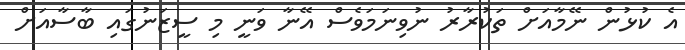
އެ ކުޅުން ނޭމާއަށް ތަކުރާރު ނުވިނަމަވެސް އޭނާ ވަނީ މި ސީޒަނުގައި ބާސާއަށް